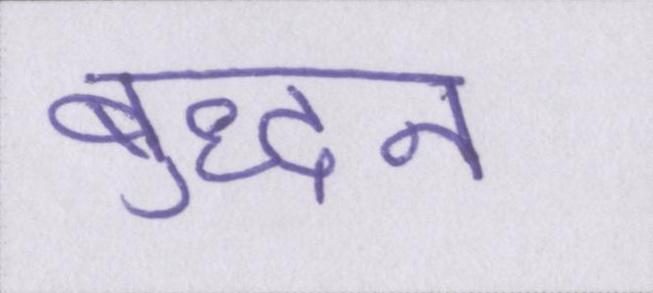
बुद्धन